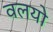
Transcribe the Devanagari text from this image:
वलयो